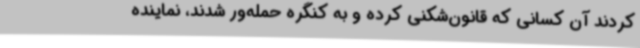
کردند آن کسانی که قانون‌شکنی کرده و به کنگره حمله‌ور شدند، نماینده